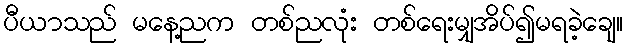
ပီယာသည် မနေ့ညက တစ်ညလုံး တစ်ရေးမျှအိပ်၍မရခဲ့ချေ။